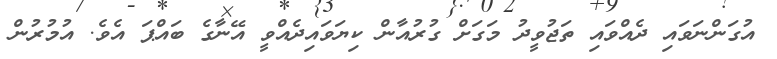
އުގަންނަވައި ދެއްވައި ތަޖުވީދު މަގަށް ގުރުއާން ކިޔަވައިދެއްވީ އޭނާގެ ބައްޕަ އެވެ. އުމުރުން